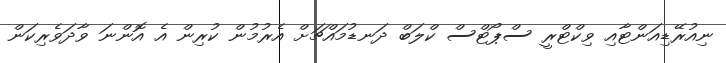
ނިއުރޭޑިއަންޓާއި ވިކްޓްރީ ސްޕޯޓްސް ކްލަބް ދަނޑުމައްޗަށް އެރުމުން ކުރިން އެ އޮންނަ ވާދަވެރިކަން